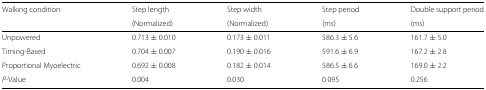
| Walking condition | Step length | Step width | Step period | Double support period |
 |  | (Normalized) | (Normalized) | (ms) | (ms) |
 | --- | --- | --- | --- | --- |
 | Unpowered | 0.713 ± 0.010 | 0.173 ± 0.011 | 586.3 ± 5.6 | 161.7 ± 5.0 |
 | Timing-Based | 0.704 ± 0.007 | 0.190 ± 0.016 | 591.6 ± 6.9 | 167.2 ± 2.8 |
 | Proportional Myoelectric | 0.692 ± 0.008 | 0.182 ± 0.014 | 586.5 ± 6.6 | 169.0 ± 2.2 |
 | P-Value | 0.004 | 0.030 | 0.095 | 0.256 |